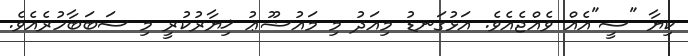
ކިޔާ "ސީ"އެއް ވެއްޖެއެވެ. އަޅުގަނޑު މިއަދު މި މައުޟޫޢު ޚިޔާރުކުރީ މި ސަބަބާހުރެއެވެ.